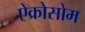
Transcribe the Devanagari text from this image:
ऐक्रोसोम